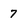
Character: 7